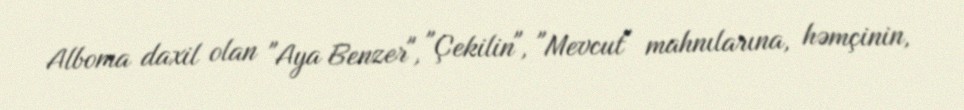
Alboma daxil olan "Aya Benzer", "Çekilin", "Mevcut" mahnılarına, həmçinin,